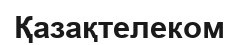
Қазақтелеком